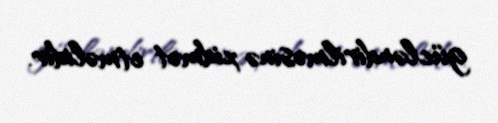
gücləndirilməsinə xidmət etməlidir.